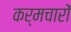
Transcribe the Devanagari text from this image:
कर्मचारों